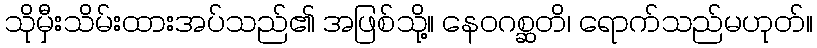
သိုမှီးသိမ်းထားအပ်သည်၏ အဖြစ်သို့။ နေဝဂစ္ဆတိ၊ ရောက်သည်မဟုတ်။